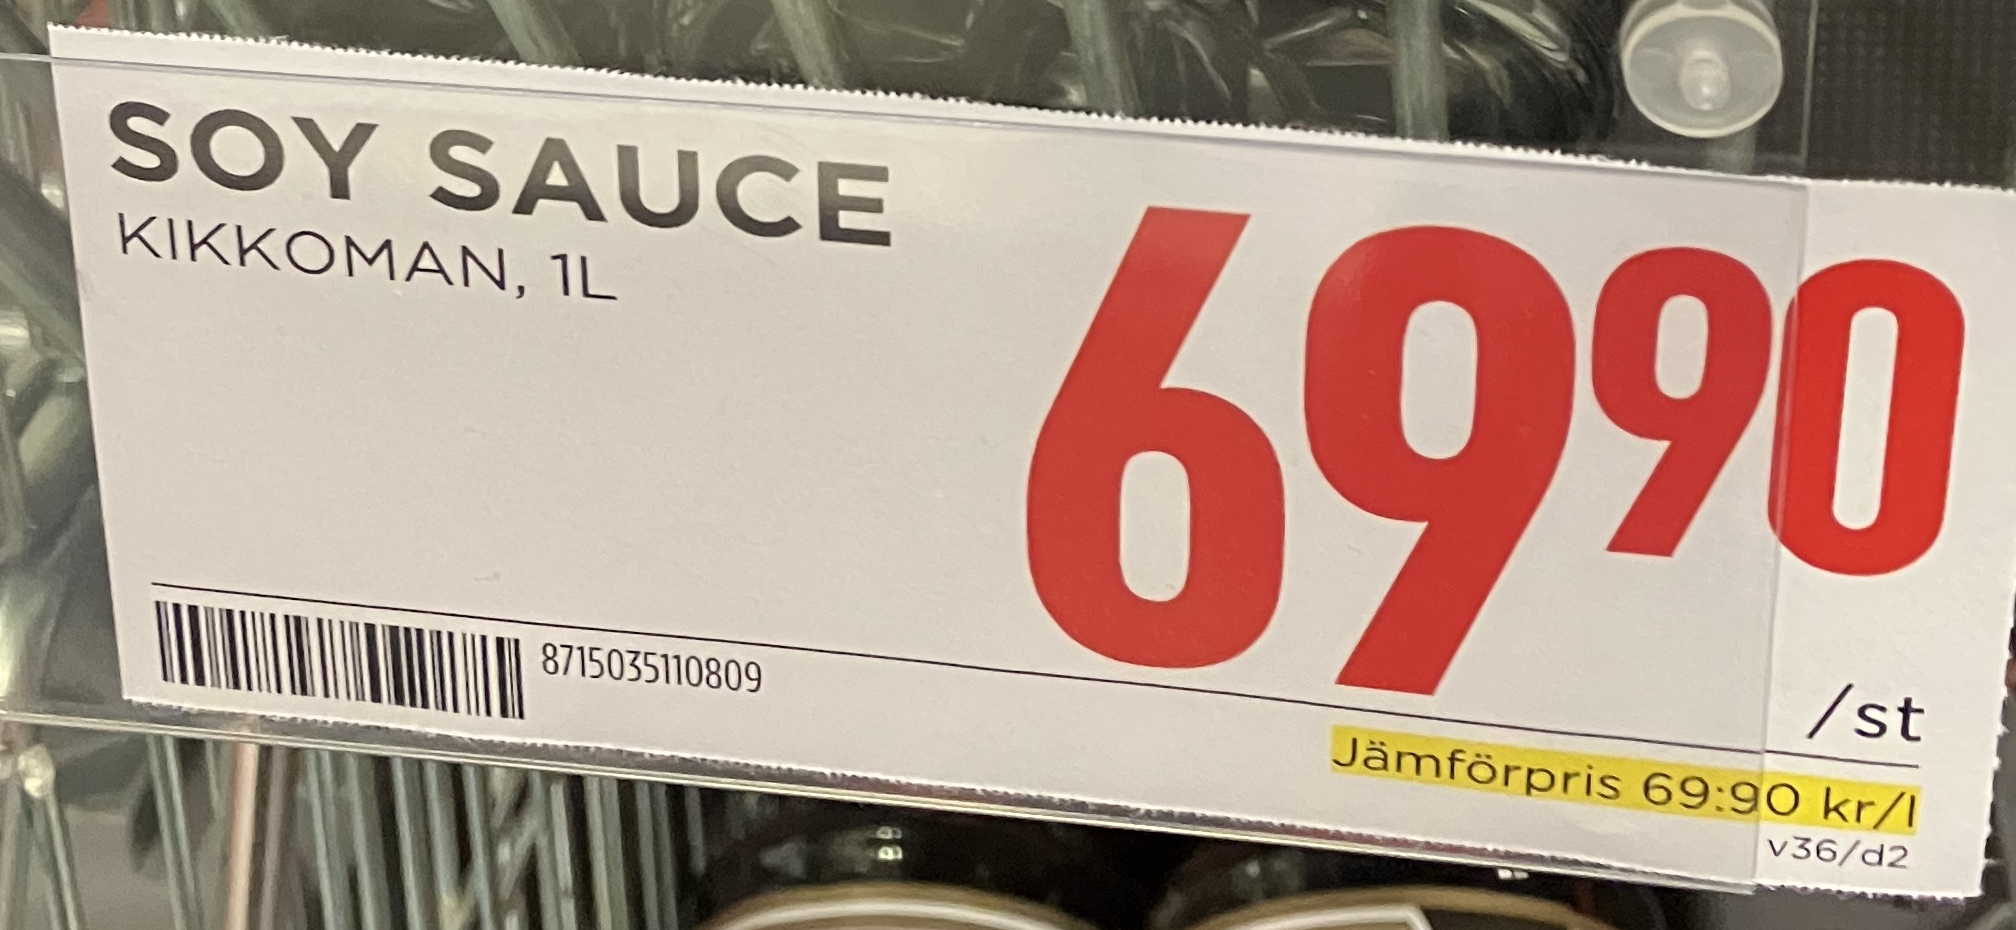
Vara: Soy Sauce
Genomsnittspris: 69.9 per L